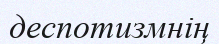
деспотизмнің